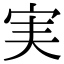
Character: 実